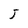
Character: 5